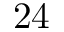
2 4